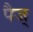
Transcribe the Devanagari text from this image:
पैज्